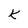
Character: K